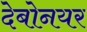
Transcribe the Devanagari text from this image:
देबोनयर